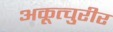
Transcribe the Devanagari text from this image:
अकूत्चुरीर